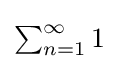
\textstyle \sum _{n=1}^{\infty }1